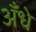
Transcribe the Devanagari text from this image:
अँधे